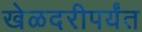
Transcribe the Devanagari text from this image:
खेळदरीपर्यंत